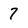
Character: 7